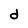
Character: d